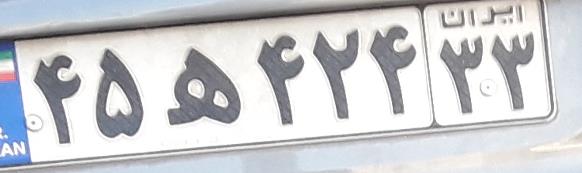
۴۵ه۴۲۴۳۳